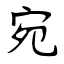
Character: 宛